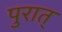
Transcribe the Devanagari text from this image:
पुरात्